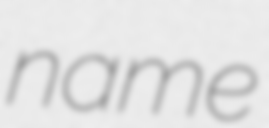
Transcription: name